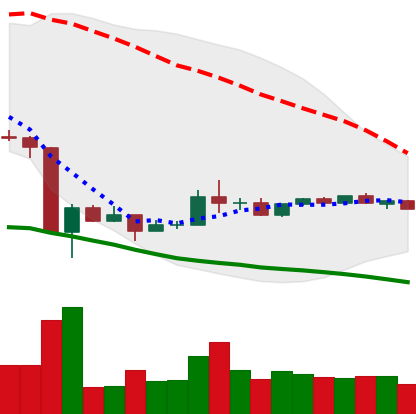
Ticker: ADA-USD
Chart end date: 2020-03-29
Forward return: 14.323%
Label: up_7plus